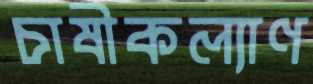
চাষীকল্যাণ